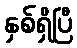
နှစ်ရှိပြီ